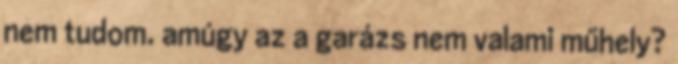
nem tudom. amúgy az a garázs nem valami műhely?